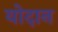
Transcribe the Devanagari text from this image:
योदान